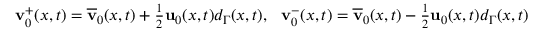
\begin{array} { r } { \mathbf { v } _ { 0 } ^ { + } ( x , t ) = \overline { { \mathbf { v } } } _ { 0 } ( x , t ) + \frac { 1 } { 2 } \mathbf { u } _ { 0 } ( x , t ) d _ { \Gamma } ( x , t ) , \ \ \mathbf { v } _ { 0 } ^ { - } ( x , t ) = \overline { { \mathbf { v } } } _ { 0 } ( x , t ) - \frac { 1 } { 2 } \mathbf { u } _ { 0 } ( x , t ) d _ { \Gamma } ( x , t ) } \end{array}